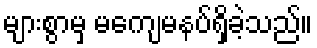
များစွာမှ မကျေမနပ်ရှိခဲ့သည်။